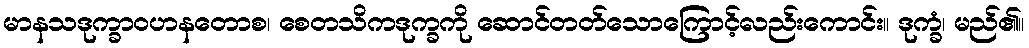
မာနသဒုက္ခာဝဟနတောစ၊ စေတသိကဒုက္ခကို ဆောင်တတ်သောကြောင့်လည်းကောင်း။ ဒုက္ခံ၊ မည်၏။